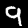
Label: 9